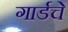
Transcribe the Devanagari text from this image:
गार्डचे